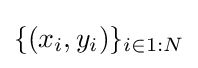
\{(x_{i},y_{i})\}_{i\in 1:N}